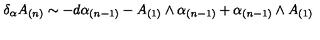
\delta _ { \alpha } A _ { ( n ) } \sim - d \alpha _ { ( n - 1 ) } - A _ { ( 1 ) } \wedge \alpha _ { ( n - 1 ) } + \alpha _ { ( n - 1 ) } \wedge A _ { ( 1 ) }